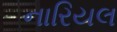
નારિયલ